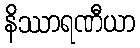
နိဿာရဏီယာ